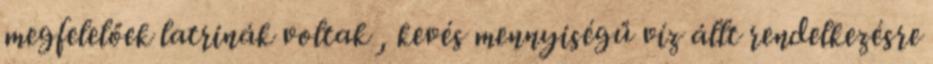
megfelelőek latrinák voltak , kevés mennyiségű víz állt rendelkezésre